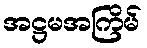
အဋ္ဌမအကြိမ်